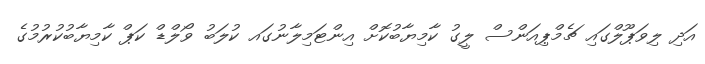
އަދި ލިވަޕޫލްގައި ޗެމްޕިއަންސް ލީގު ކާމިޔާބުކޮށް އިންޓަމިލާނުގައ ކުލަބު ވޯލްޑް ކަޕް ކާމިޔާބުކުރުމުގެ